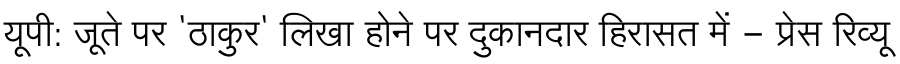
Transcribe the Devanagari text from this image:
यूपी: जूते पर 'ठाकुर' लिखा होने पर दुकानदार हिरासत में - प्रेस रिव्यू